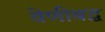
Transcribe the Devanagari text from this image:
वेणीबद्ध